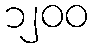
၁၂၀၀